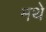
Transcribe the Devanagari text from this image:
मथे